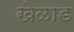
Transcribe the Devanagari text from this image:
खेळाड